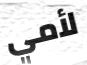
لأمي